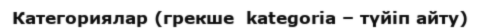
Категориялар (грекше  kategorіa – түйіп айту)